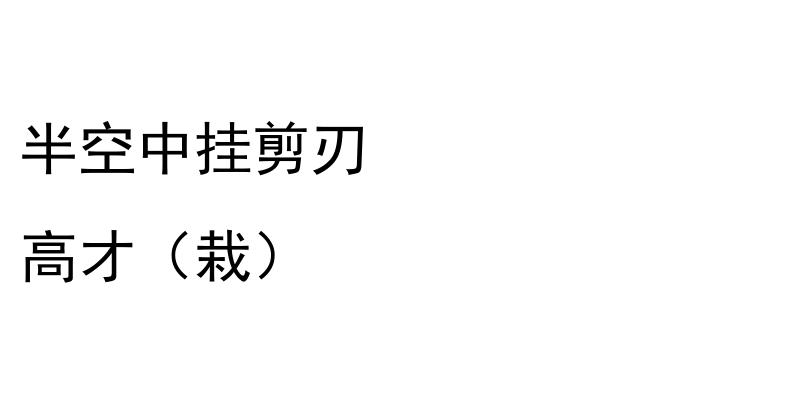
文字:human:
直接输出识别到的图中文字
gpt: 半空中挂剪刃 高才（栽）